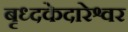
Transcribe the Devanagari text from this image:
बृध्दकेदारेश्वर